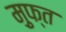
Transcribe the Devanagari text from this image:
म़ुफ्त